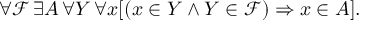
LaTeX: \forall { \mathcal { F } } \, \exists A \, \forall Y \, \forall x [ ( x \in Y \land Y \in { \mathcal { F } } ) \Rightarrow x \in A ] .